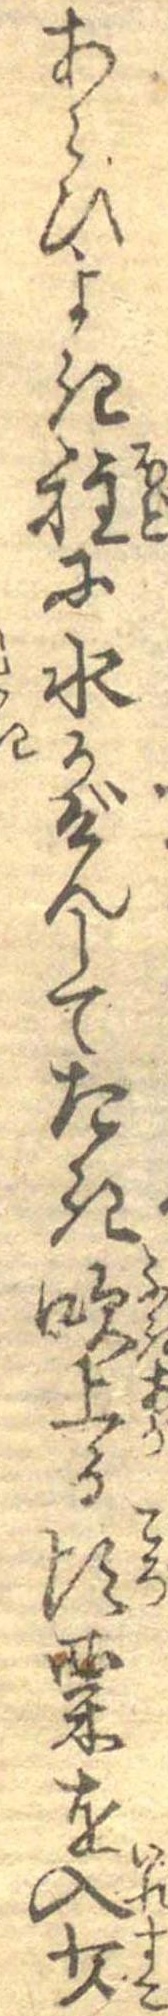
あらひよき程に水かげんしてたき吹上る頃粟を入少